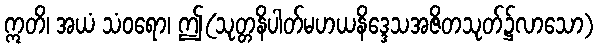
ဣတိ၊ အယံ သံဝရော၊ ဤ(သုတ္တနိပါတ်မဟယနိဒ္ဒေသအဇိတသုတ်၌လာသော)